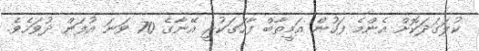
ކުލަގަދަކޮށް އެންމެ ފަހުން އަމީތާބް ފާހަގަކުރީ އޭނާގެ 70 ވަނަ އުފަން ދުވަހެވެ.